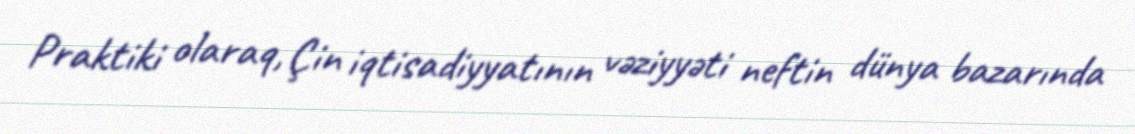
Praktiki olaraq, Çin iqtisadiyyatının vəziyyəti neftin dünya bazarında